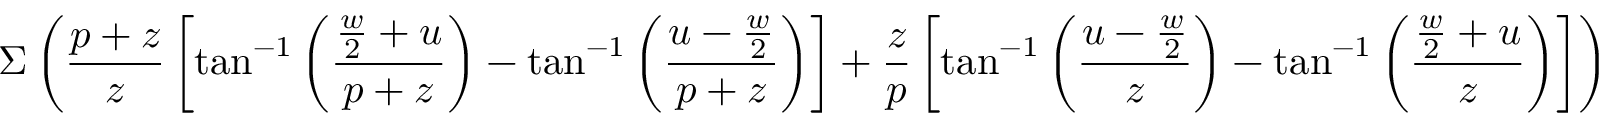
\Sigma \left( \frac { p + z } { z } \left[ \tan ^ { - 1 } \left( \frac { \frac { w } { 2 } + u } { p + z } \right) - \tan ^ { - 1 } \left( \frac { u - \frac { w } { 2 } } { p + z } \right) \right] + \frac { z } { p } \left[ \tan ^ { - 1 } \left( \frac { u - \frac { w } { 2 } } { z } \right) - \tan ^ { - 1 } \left( \frac { \frac { w } { 2 } + u } { z } \right) \right] \right)